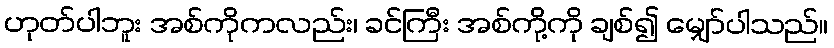
ဟုတ်ပါဘူး အစ်ကိုကလည်း၊ ခင်ကြီး အစ်ကို့ကို ချစ်၍ မျှော်ပါသည်။